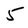
Character: 5